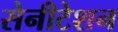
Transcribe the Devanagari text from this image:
सेनीटेशन